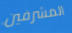
المشرفين